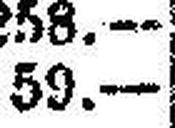
59.—